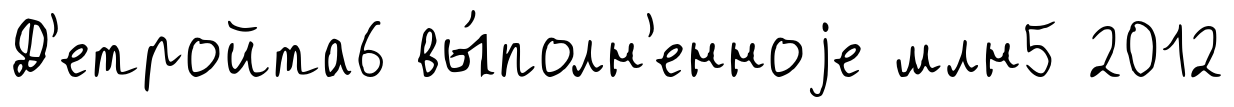
Д'етройта6 вы́полн'енноjе млн5 2012